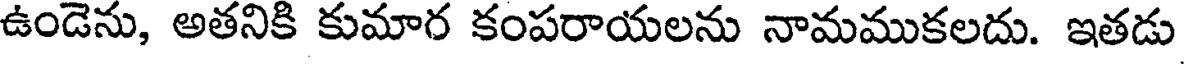
ఉండెను, అతనికి కుమార కంపరాయలను నామముకలదు. ఇతడు